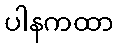
ပါနကထာ